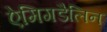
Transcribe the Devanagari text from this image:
ऐमिगडैलिन